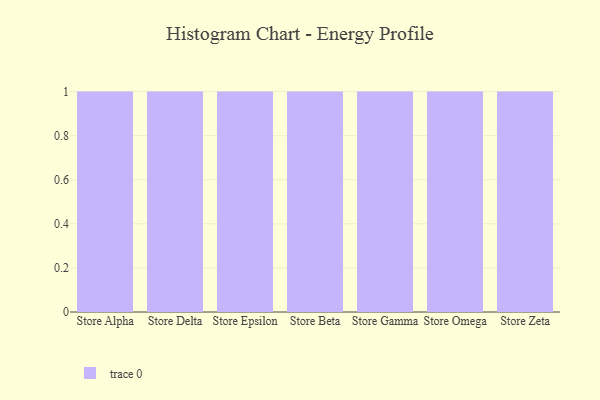
{"axis": {"x": "Store", "y": "Active Users"}, "legend": [""], "data": [{"x": "Store Alpha", "y": 70, "type": ""}, {"x": "Store Delta", "y": 25, "type": ""}, {"x": "Store Epsilon", "y": 26, "type": ""}, {"x": "Store Beta", "y": 47, "type": ""}, {"x": "Store Gamma", "y": 39, "type": ""}, {"x": "Store Omega", "y": 9, "type": ""}, {"x": "Store Zeta", "y": 35, "type": ""}]}